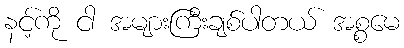
နင့်ကို ငါ အများကြီးချစ်ပါတယ် အစ္စမေ